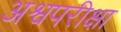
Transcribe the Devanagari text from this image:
अश्वपरीक्षा